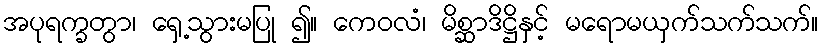
အပုရက္ခတွာ၊ ရှေ့သွားမပြု ၍။ ကေဝလံ၊ မိစ္ဆာဒိဋ္ဌိနှင့် မရောမယှက်သက်သက်။